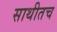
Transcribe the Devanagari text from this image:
साथीतच